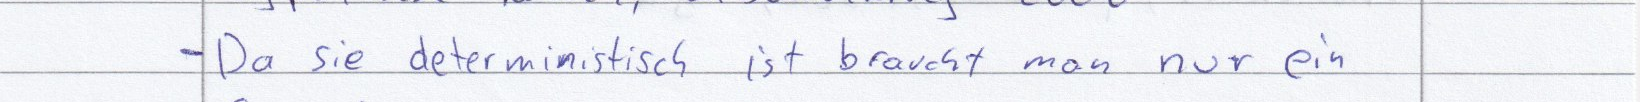
- Da sie deterministisch ist braucht man nur ein